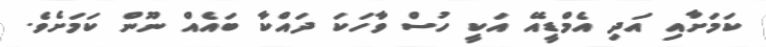
ކަމަށާއި އަދި އެމްޑީއޭ އަކީ ހުސް ވާހަކަ ދައްކާ ބައެއް ނޫން ކަމަށެވެ.